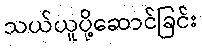
သယ်ယူပို့ဆောင်ခြင်း